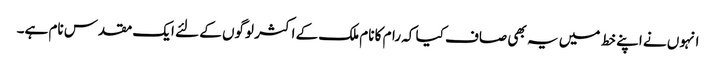
انہوں نے اپنے خط میں یہ بھی صاف کیا کہ رام کا نام ملک کے اکثر لوگوں کے لئے ایک مقدس نام ہے۔